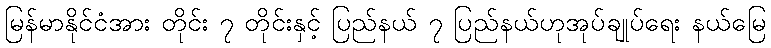
မြန်မာနိုင်ငံအား တိုင်း ၇ တိုင်းနှင့် ပြည်နယ် ၇ ပြည်နယ်ဟုအုပ်ချုပ်ရေး နယ်မြေ